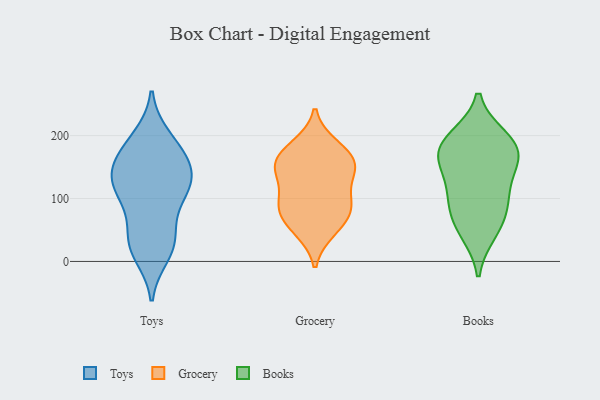
{"axis": {"x": "Net Income (USD K)", "y": "Value"}, "legend": ["Books", "Grocery", "Toys"], "data": [{"x": "", "y": 123, "type": "Toys"}, {"x": "", "y": 144, "type": "Toys"}, {"x": "", "y": 101, "type": "Toys"}, {"x": "", "y": 38, "type": "Toys"}, {"x": "", "y": 171, "type": "Toys"}, {"x": "", "y": 158, "type": "Toys"}, {"x": "", "y": 116, "type": "Toys"}, {"x": "", "y": 17, "type": "Toys"}, {"x": "", "y": 30, "type": "Toys"}, {"x": "", "y": 194, "type": "Toys"}, {"x": "", "y": 42, "type": "Toys"}, {"x": "", "y": 146, "type": "Toys"}, {"x": "", "y": 86, "type": "Toys"}, {"x": "", "y": 10, "type": "Toys"}, {"x": "", "y": 125, "type": "Toys"}, {"x": "", "y": 198, "type": "Toys"}, {"x": "", "y": 117, "type": "Toys"}, {"x": "", "y": 165, "type": "Toys"}, {"x": "", "y": 87, "type": "Grocery"}, {"x": "", "y": 92, "type": "Grocery"}, {"x": "", "y": 155, "type": "Grocery"}, {"x": "", "y": 177, "type": "Grocery"}, {"x": "", "y": 184, "type": "Grocery"}, {"x": "", "y": 49, "type": "Grocery"}, {"x": "", "y": 156, "type": "Grocery"}, {"x": "", "y": 152, "type": "Grocery"}, {"x": "", "y": 127, "type": "Grocery"}, {"x": "", "y": 55, "type": "Grocery"}, {"x": "", "y": 145, "type": "Grocery"}, {"x": "", "y": 91, "type": "Grocery"}, {"x": "", "y": 80, "type": "Grocery"}, {"x": "", "y": 58, "type": "Books"}, {"x": "", "y": 103, "type": "Books"}, {"x": "", "y": 196, "type": "Books"}, {"x": "", "y": 160, "type": "Books"}, {"x": "", "y": 181, "type": "Books"}, {"x": "", "y": 155, "type": "Books"}, {"x": "", "y": 169, "type": "Books"}, {"x": "", "y": 112, "type": "Books"}, {"x": "", "y": 86, "type": "Books"}, {"x": "", "y": 192, "type": "Books"}, {"x": "", "y": 47, "type": "Books"}]}